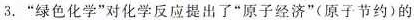
3.”绿色化学”对化学反应提出了”原子经济”(原子节约)的